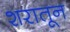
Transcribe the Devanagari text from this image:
शरातून